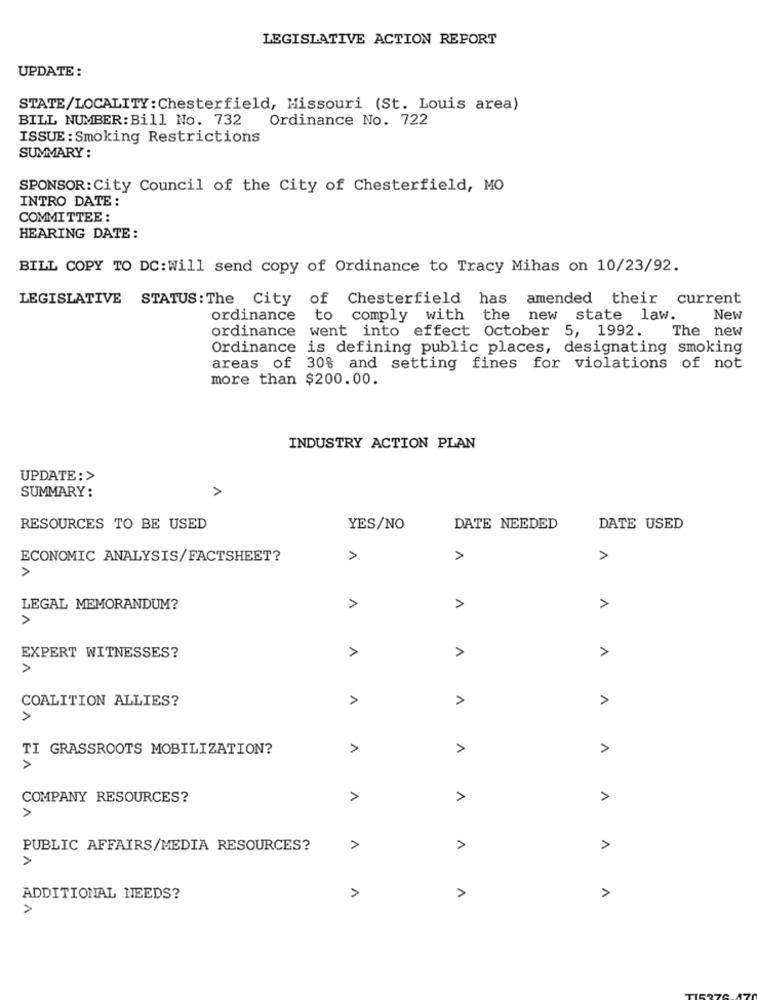
LEGISLATIVE ACTION REPORT
UPDATE :
STATE/LOCALITY: Chesterfield, Missouri (St. Louis area)
BILL NUMBER: Bill No. 732
Ordinance No. 722
ISSUE: Smoking Restrictions
SUMMARY :
SPONSOR:City Council of the City of Chesterfield, MO
INTRO DATE:
COMMITTEE :
HEARING DATE:
BILL COPY TO DC:Will send copy of Ordinance to Tracy Mihas on 10/23/92.
LEGISLATIVE STATUS: The City of Chesterfield has amended their current
ordinance to comply with the new state law.
New
ordinance went into effect October 5, 1992.
The new
Ordinance is defining public places, designating smoking
areas of 30% and setting fines for violations of not
more than $200.00.
INDUSTRY ACTION PLAN
UPDATE :>
SUMMARY:
A
RESOURCES TO BE USED
YES/NO
DATE NEEDED
DATE USED
ECONOMIC ANALYSIS/FACTSHEET?
A
A
1
>
LEGAL MEMORANDUM?
>
A
A
>
EXPERT WITNESSES?
A
>
>
A
1
COALITION ALLIES?
TI GRASSROOTS MOBILIZATION?
A
>
>
>
COMPANY RESOURCES?
A
>
A
>
PUBLIC AFFAIRS/MEDIA RESOURCES?
A
>
A
>
ADDITIONAL NEEDS?
1
A